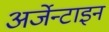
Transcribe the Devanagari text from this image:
अर्जेन्टाइन